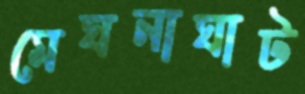
মেঘনাঘাট